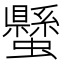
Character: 𧔤